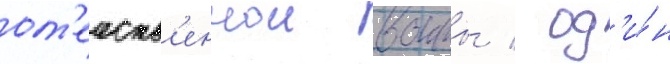
от'ечеств'еннои воины / од'и́н